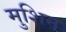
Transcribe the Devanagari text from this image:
मुशिन